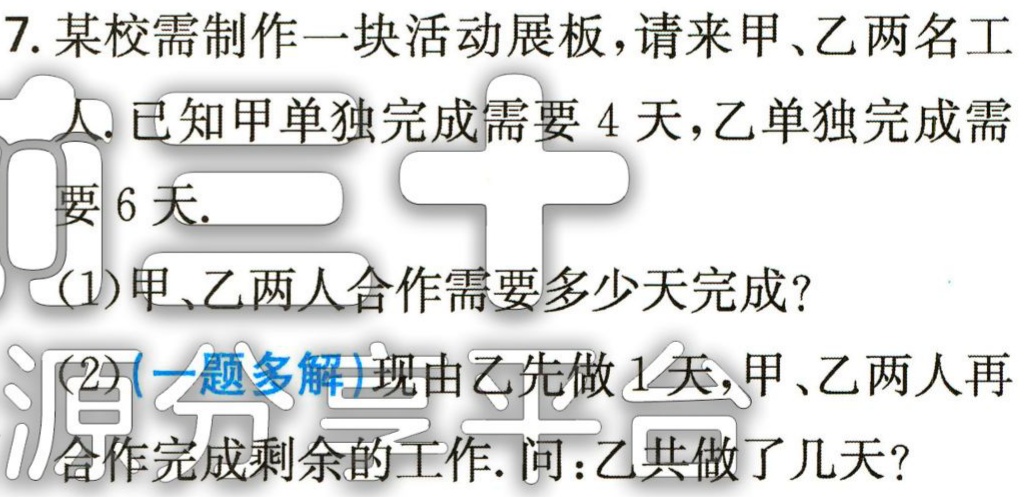
7. 某校需制作一块活动展板，请来甲、乙两名工
人. 已知甲单独完成需要 4 天，乙单独完成需
要 6 天.
(1)甲、乙两人合作需要多少天完成？
(2)(一题多解)现由乙先做 1 天，甲、乙两人再
合作完成剩余的工作. 问：乙共做了几天？